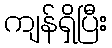
ကျန်ရှိပြီး